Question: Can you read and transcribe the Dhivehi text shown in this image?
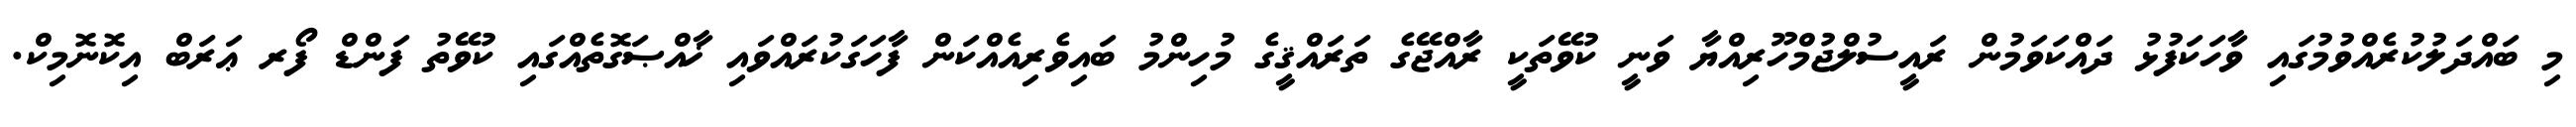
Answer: މި ބައްދަލުކުރެއްވުމުގައި ވާހަކަފުޅު ދައްކަވަމުން ރައީސުލްޖުމްހޫރިއްޔާ ވަނީ ކުވޭތަކީ ރާއްޖޭގެ ތަރައްޤީގެ މުހިންމު ބައިވެރިއެއްކަން ފާހަގަކުރައްވައި ޚާއްޞަގޮތެއްގައި ކުވޭތު ފަންޑް ފޯރ ޢަރަބް އިކޮނޮމިކް.